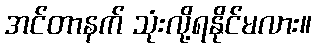
အင်တာနက် သုံးလို့ရနိုင်မလား။